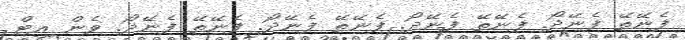
ފެނޭތޭ ފެނޭދޯ. ފެނޭތޭ ފެނޭދޯ. ފެނޭތޭ ފެނޭދޯ. ފެނޭތޭ ފެނޭދޯ. ވެން އިޓް